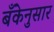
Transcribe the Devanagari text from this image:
बँकेनुसार